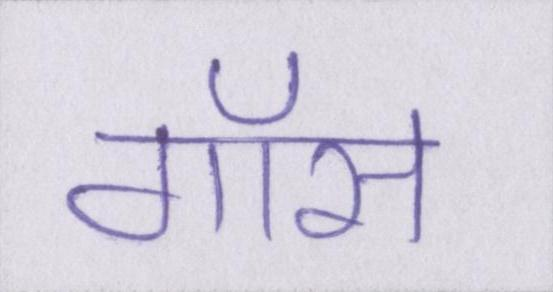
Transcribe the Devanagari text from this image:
गॉस